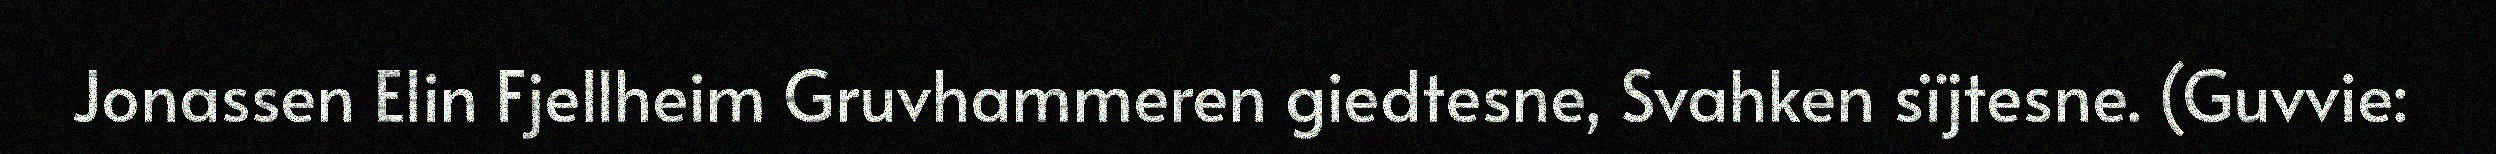
Jonassen Elin Fjellheim Gruvhammeren giedtesne, Svahken sïjtesne. (Guvvie: